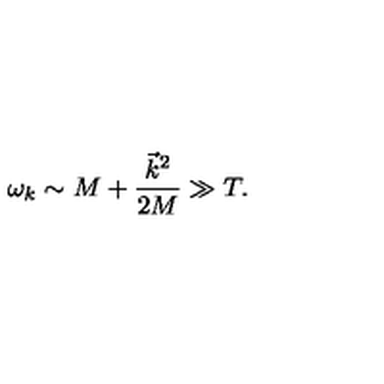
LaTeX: \omega _ { k } \sim M + \frac { \vec { k } ^ { 2 } } { 2 M } \gg T .